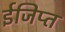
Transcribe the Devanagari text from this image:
ईजिप्‍त